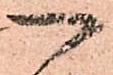
一